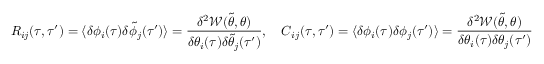
R _ { i j } ( \tau , \tau ^ { \prime } ) = \langle \delta \phi _ { i } ( \tau ) \delta \tilde { \phi } _ { j } ( \tau ^ { \prime } ) \rangle = \frac { \delta ^ { 2 } \mathcal { W } ( \tilde { \theta } , \theta ) } { \delta \theta _ { i } ( \tau ) \delta \tilde { \theta } _ { j } ( \tau ^ { \prime } ) } , \quad C _ { i j } ( \tau , \tau ^ { \prime } ) = \langle \delta \phi _ { i } ( \tau ) \delta \phi _ { j } ( \tau ^ { \prime } ) \rangle = \frac { \delta ^ { 2 } \mathcal { W } ( \tilde { \theta } , \theta ) } { \delta \theta _ { i } ( \tau ) \delta \theta _ { j } ( \tau ^ { \prime } ) }